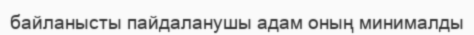
байланысты пайдаланушы адам оның минималды